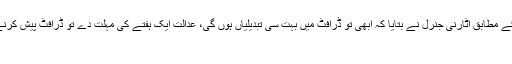
پاکستان ٹوئنٹی فور کے مطابق اٹارنی جنرل نے بتایا کہ ابھی تو ڈرافٹ میں بہت سی تبدیلیاں ہوں گی، عدالت ایک ہفتے کی مہلت دے تو ڈرافٹ پیش کرنے پر اعتراض نہیں+
۔